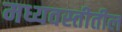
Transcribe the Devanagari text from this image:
मध्यवस्तीतील